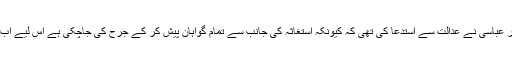
قومی احتساب بیورو (نیب) کے استغاثہ کے سربراہ سردار مظفر عباسی نے عدالت سے استدعا کی تھی کہ کیونکہ استغاثہ کی جانب سے تمام گواہان پیش کر کے جرح کی جاچکی ہے اس لیے اب سی آر پی سی کی دفعہ 342 کے تحت کارروائی ہونی چاہیے۔